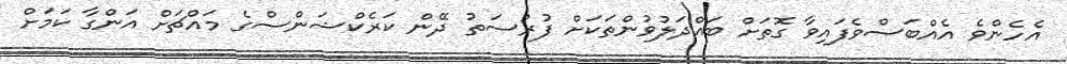
އެހެންވެ އެއްބަސްވެފައިވާ ގޮތަށް ބައްދަލުވުންތަކަށް ފުރުސަތު ދޭން ކަރެކްޝަންސްގެ މައްޗަށް އަންގާ ކަމަށް